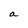
Character: a